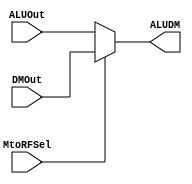
`timescale 1ns / 1ps
//////////////////////////////////////////////////////////////////////////////////
// Company: 
// Engineer: 
// 
// Design Name: 
// Module Name: ALUDM
// Project Name: 
// Target Devices: 
// Tool Versions: 
// Description: 
// 
// Dependencies: 
// 
// Revision:
// Revision 0.01 - File Created
// Additional Comments:
// 
//////////////////////////////////////////////////////////////////////////////////


module ALUDM(
 input [31:0] ALUOut, 
    DMOut, 
   input  MtoRFSel,
    output reg [31:0] ALUDM
    );
    
always @(*)
begin
    if(MtoRFSel == 1'b0)
        ALUDM = ALUOut;
    else 
        ALUDM = DMOut;
    end
endmodule